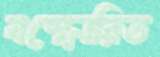
বস্ফোরিত